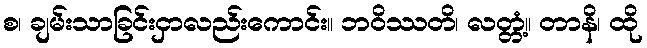
စ၊ ချမ်းသာခြင်းငှာလည်းကောင်း။ ဘဝိဿတိ၊ လတ္တံ့။ တာနိ၊ ထို